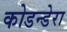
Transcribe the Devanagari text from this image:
कोडन्डेरा